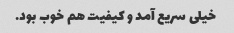
خیلی سریع آمد و کیفیت هم خوب بود.